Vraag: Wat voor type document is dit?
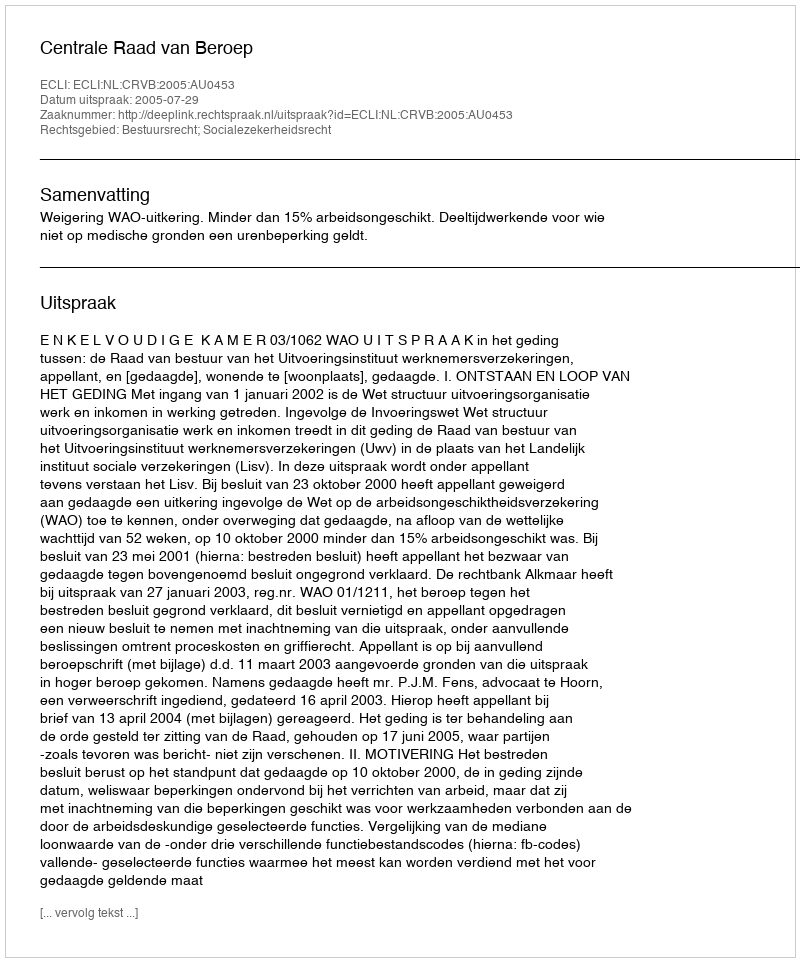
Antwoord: Uitspraak